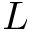
L